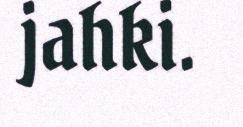
jahki.